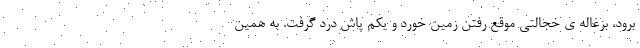
برود، بزغاله ی خجالتی موقع رفتن زمین خورد و یکم پاش درد گرفت. به همین